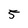
Character: 5